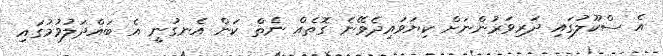
އެ ސްކޫލުގައި ދަރިވަރުންނަށް ކިޔަވައިދެވޭނެ ގޮތެއް ނެތް ކަން އެނގުނީ އެ ބައްދަލުވުމުގައި